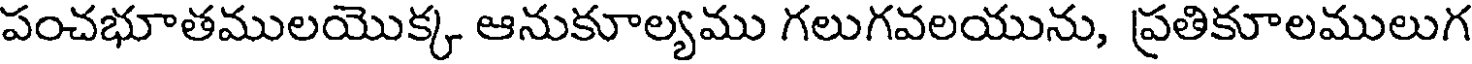
పంచభూతములయొక్క ఆనుకూల్యము గలుగవలయును, ప్రతికూలములుగ